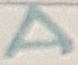
Text: A